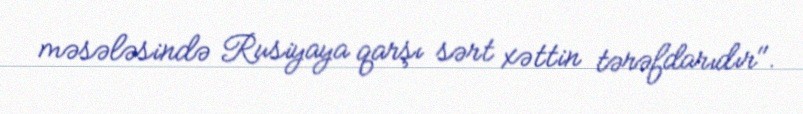
məsələsində Rusiyaya qarşı sərt xəttin tərəfdarıdır".